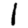
Digit: 1